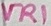
Text: VR1